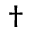
\dagger